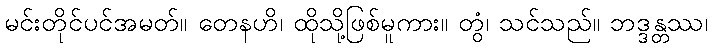
မင်းတိုင်ပင်အမတ်။ တေနဟိ၊ ထိုသို့ဖြစ်မူကား။ တွံ၊ သင်သည်။ ဘဒ္ဒန္တဿ၊